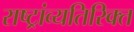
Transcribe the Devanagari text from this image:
राष्ट्रांव्यतिरिक्त